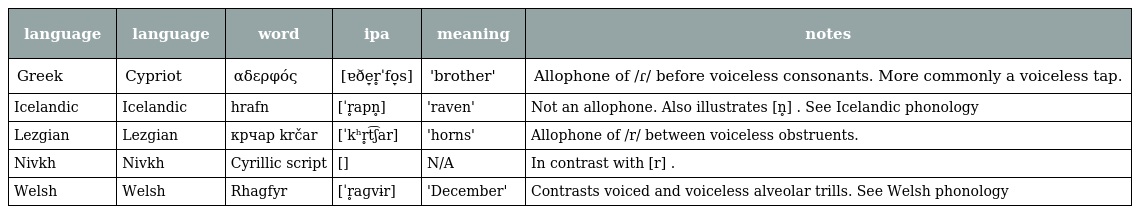
| language | language | word | ipa | meaning | notes |
 | --- | --- | --- | --- | --- | --- |
 | Greek | Cypriot | αδερφός | [ɐðe̞r̥ˈfo̞s] | 'brother' | Allophone of /ɾ/ before voiceless consonants. More commonly a voiceless tap. |
 | Icelandic | Icelandic | hrafn | [ˈr̥apn̥] | 'raven' | Not an allophone. Also illustrates [n̥] . See Icelandic phonology |
 | Lezgian | Lezgian | крчар krčar | [ˈkʰr̥t͡ʃar] | 'horns' | Allophone of /r/ between voiceless obstruents. |
 | Nivkh | Nivkh | Cyrillic script | [] | N/A | In contrast with [r] . |
 | Welsh | Welsh | Rhagfyr | [ˈr̥aɡvɨr] | 'December' | Contrasts voiced and voiceless alveolar trills. See Welsh phonology |